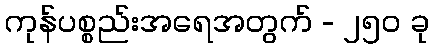
ကုန်ပစ္စည်းအရေအတွက် - ၂၅၀ ခု